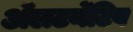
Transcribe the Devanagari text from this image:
ॲलटर्नेटिव